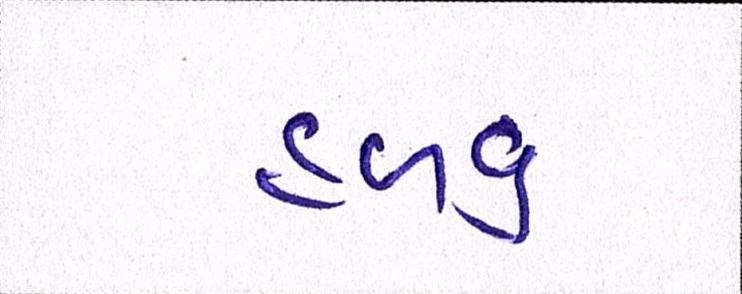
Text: હળવું